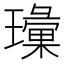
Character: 𱯲